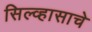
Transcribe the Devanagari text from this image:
सिल्व्हासाचे